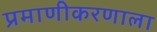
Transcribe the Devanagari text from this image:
प्रमाणीकरणाला